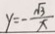
y = - \frac { \sqrt { 3 } } { x }